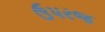
ઉપરજ